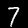
Label: 7